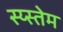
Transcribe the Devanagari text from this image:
स्य्स्तेम